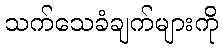
သက်သေခံချက်များကို